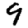
Digit: 9